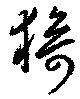
猗